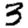
Digit: 3